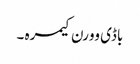
باڈی وورن کیمرہ ۔